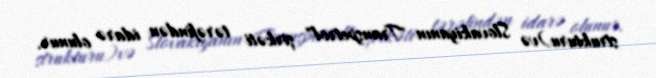
strukturu)və Slovakiyanın "Transpetrol" şirkəti tərəfindən idarə olunur.